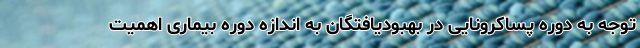
توجه به دوره پساکرونایی در بهبودیافتگان به اندازه دوره بیماری اهمیت